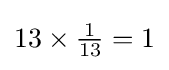
13\times {\tfrac {1}{13}}=1